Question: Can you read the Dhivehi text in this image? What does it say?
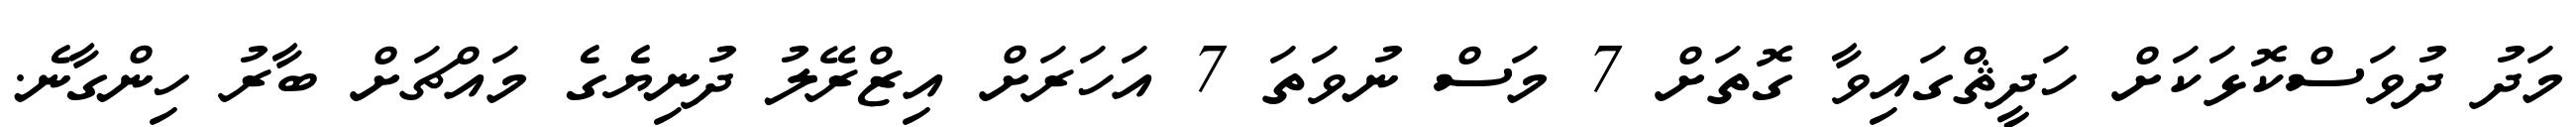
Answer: މަދު ދުވަސްކޮޅަކަށް ހަދީޘްގައިވާ ގޮތަށް 7 މަސް ނުވަތަ 7 އަހަރަށް އިޒްރޭލު ދުނިޔެގެ މައްޗަށް ބާރު ހިންގާނެ.